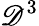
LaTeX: \mathscr{D}^{3}